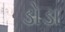
ડોડા